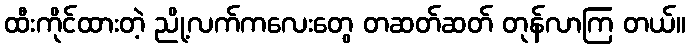
ထီးကိုင်ထားတဲ့ ညို့လက်ကလေးတွေ တဆတ်ဆတ် တုန်လာကြ တယ်။